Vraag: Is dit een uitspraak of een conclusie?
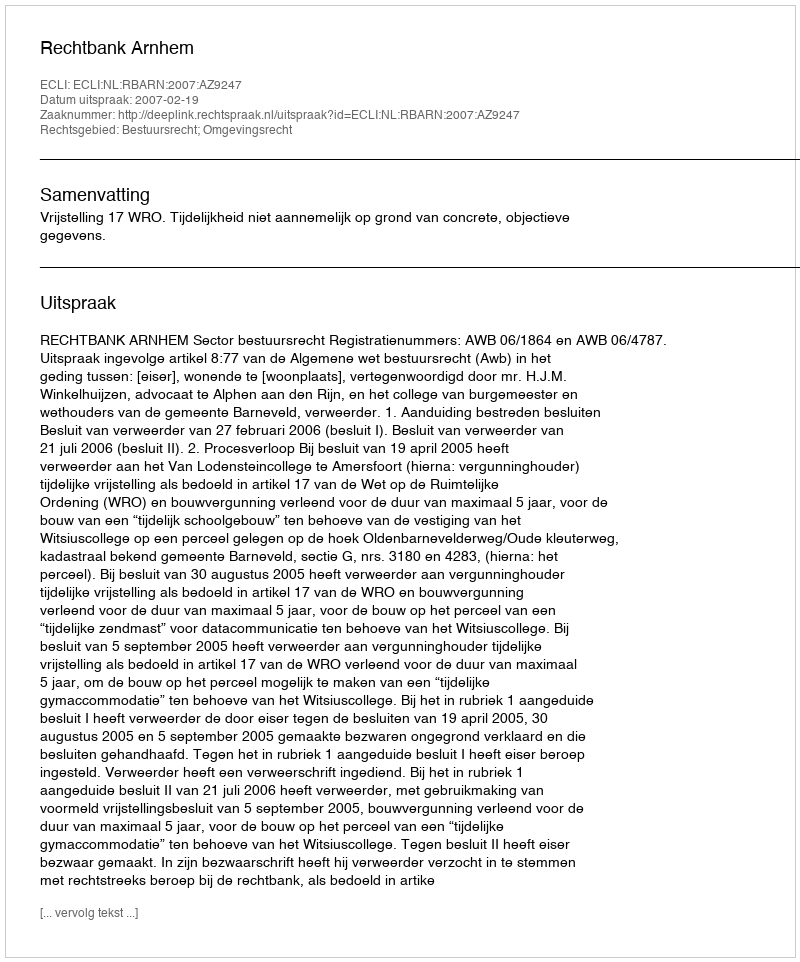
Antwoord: Uitspraak